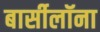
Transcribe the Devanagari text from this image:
बार्सीलॉना